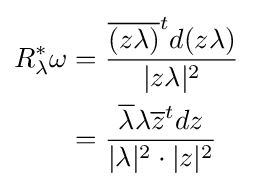
{\begin{aligned}R_{\lambda }^{*}\omega &={\frac {{\overline {(z\lambda )}}^{t}d(z\lambda )}{|z\lambda |^{2}}}\\&={\frac {{\overline {\lambda }}\lambda {\overline {z}}^{t}dz}{|\lambda |^{2}\cdot |z|^{2}}}\end{aligned}}